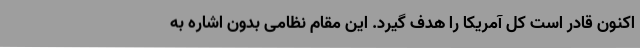
اکنون قادر است کل آمریکا را هدف گیرد. این مقام نظامی بدون اشاره به